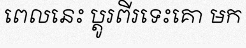
ពេលនេះ ប្តូរពីរទេះគោ មក